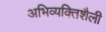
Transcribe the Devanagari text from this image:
अभिव्यक्तिशैली